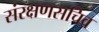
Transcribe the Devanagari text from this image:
संरक्षणसचिव